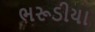
ભરૂડીયા